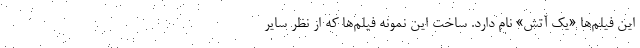
این فیلم‌ها «یک آتش» نام دارد. ساخت این نمونه فیلم‌ها که از نظر سایر